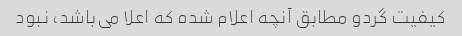
کیفیت گردو مطابق آنچه اعلام شده که اعلا می‌باشد، نبود